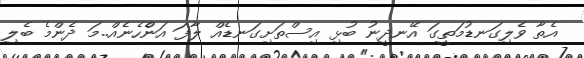
އެތާ ވެލިގަނޑުމަތީގަ އޭނދީނު ބުޅި އިސްތަށިގަނޑެއް ލާފަ އަންެހެނެއް..މަ ދެންމެ ބެލި